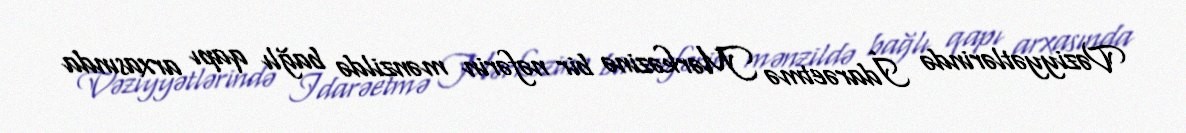
Vəziyyətlərində İdarəetmə Mərkəzinə bir nəfərin mənzildə bağlı qapı arxasında